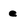
Character: e